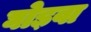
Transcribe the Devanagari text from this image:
घोड़वा